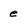
Character: e